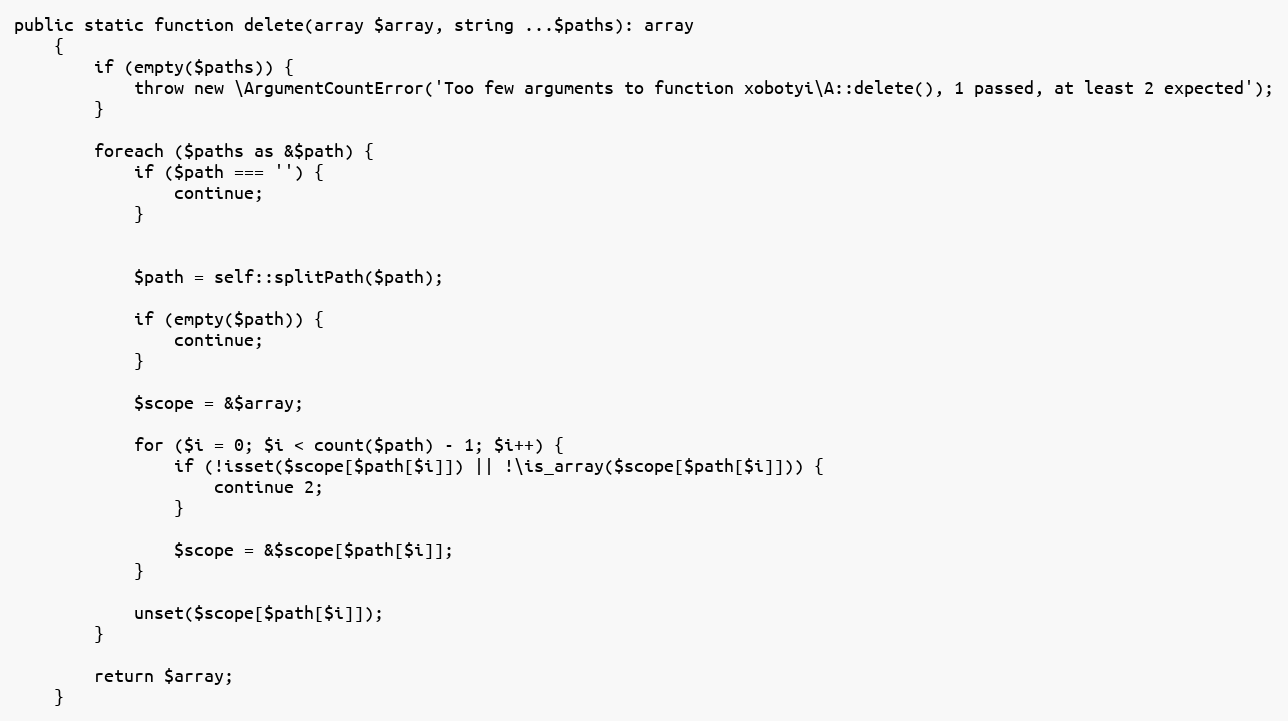
Language: PHP
public static function delete(array $array, string ...$paths): array
    {
        if (empty($paths)) {
            throw new \ArgumentCountError('Too few arguments to function xobotyi\A::delete(), 1 passed, at least 2 expected');
        }

        foreach ($paths as &$path) {
            if ($path === '') {
                continue;
            }

            $path = self::splitPath($path);

            if (empty($path)) {
                continue;
            }

            $scope = &$array;

            for ($i = 0; $i < count($path) - 1; $i++) {
                if (!isset($scope[$path[$i]]) || !\is_array($scope[$path[$i]])) {
                    continue 2;
                }

                $scope = &$scope[$path[$i]];
            }

            unset($scope[$path[$i]]);
        }

        return $array;
    }